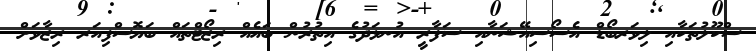
ސްކޫލުތަކާއި ލިވަރބޯޑް އެސޯސިއޭޝަނާއި ސަފާރީ އުނޅަދުގެ އިތުރުން ބައެެއް ރިޒޯޓްތައް ބަޔޮސްފިއަރ ރިޒާވަށް